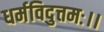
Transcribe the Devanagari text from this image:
धर्मविदुत्तमः।।